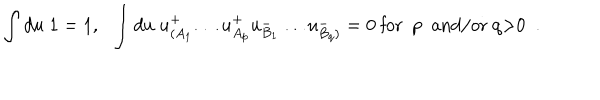
LaTeX: \int d u \; 1 = 1 , \ \ \int d u \; u _ { ( A _ { 1 } } ^ { + } \ldots u _ { A _ { p } } ^ { + } u _ { B _ { 1 } } ^ { - } \ldots u _ { B _ { q } ) } ^ { - } = 0 \ \mathrm { f o r ~ p ~ a n d / o r ~ q > 0 ~ } \; .